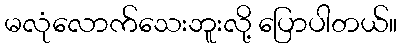
မလုံလောက်သေးဘူးလို့ ပြောပါတယ်။